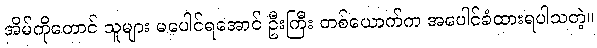
အိမ်ကိုတောင် သူများ မပေါင်ရအောင် ဦးကြီး တစ်ယောက်က အပေါင်ခံထားရပါသတဲ့။